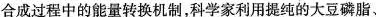
合成过程中的能量转换机制，科学家利用提纯的大豆磷脂、